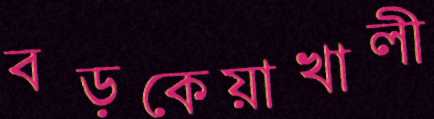
বড়কেয়াখালী